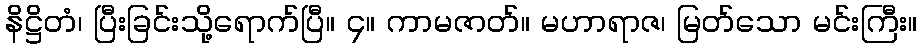
နိဋ္ဌိတံ၊ ပြီးခြင်းသို့ရောက်ပြီ။ ၄။ ကာမဇာတ်။ မဟာရာဇ၊ မြတ်သော မင်းကြီး။